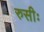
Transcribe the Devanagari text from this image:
रुसीः